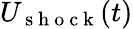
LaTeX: U_{\mathrm{~s~h~o~c~k~}}(t)